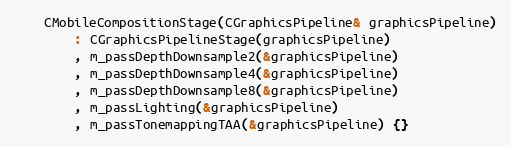
Language: C
	CMobileCompositionStage(CGraphicsPipeline& graphicsPipeline)
		: CGraphicsPipelineStage(graphicsPipeline)
		, m_passDepthDownsample2(&graphicsPipeline)
		, m_passDepthDownsample4(&graphicsPipeline)
		, m_passDepthDownsample8(&graphicsPipeline)
		, m_passLighting(&graphicsPipeline)
		, m_passTonemappingTAA(&graphicsPipeline) {}